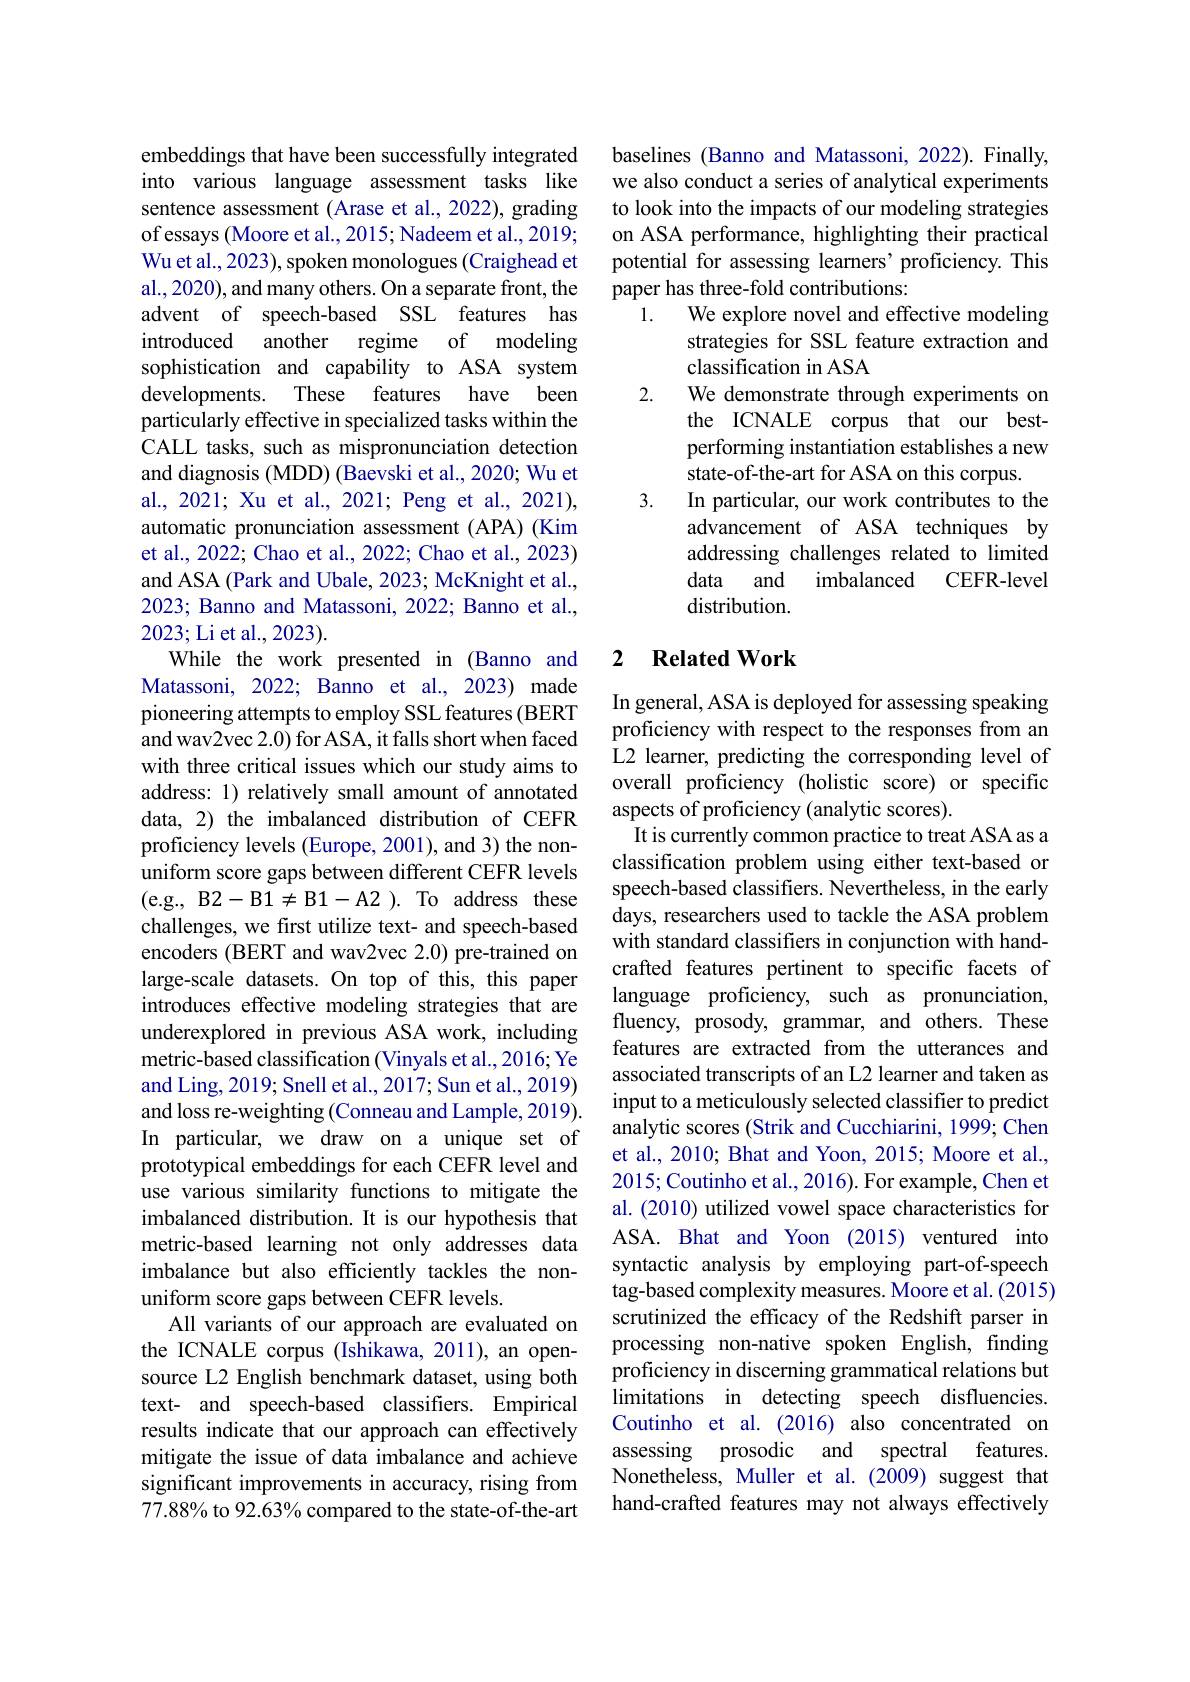
embeddings that have been successfully integrated into various language assessment tasks like sentence assessment (Arase et al., 2022), grading of essays (Moore et al., 2015; Nadeem et al., 2019; Wu et al., 2023), spoken monologues (Craighead et al., 2020), and many others. On a separate front, the advent of speech-based SSL features has introduced another regime of modeling sophistication and capability to ASA system developments. These features have been particularly effective in specialized tasks within the CALL tasks, such as mispronunciation detection and diagnosis (MDD) (Baevski et al., 2020; Wu et al., 2021; Xu et al., 2021; Peng et al., 2021), automatic pronunciation assessment (APA) (Kim et al., 2022; Chao et al., 2022; Chao et al., 2023) and ASA (Park and Ubale, 2023; McKnight et al., 2023; Banno and Matassoni, 2022; Banno et al., 2023; Li et al., 2023).
While the work presented in (Banno and Matassoni, 2022; Banno et al., 2023) made pioneering attempts to employ SSL features (BERT and wav2vec 2.0) for ASA, it falls short when faced with three critical issues which our study aims to address: 1) relatively small amount of annotated data, 2) the imbalanced distribution of CEFR proficiency levels (Europe, 2001), and 3) the nonuniform score gaps between different CEFR levels (e.g., B2-B1$\neq$B1-A2 ).To address these challenges, we first utilize text- and speech-based encoders (BERT and wav2vec 2.0) pre-trained on large-scale datasets. On top of this, this paper introduces effective modeling strategies that are underexplored in previous ASA work, including metric-based classification (Vinyals et al., 2016; Ye and Ling, 2019; Snell et al., 2017; Sun et al., 2019) and loss re-weighting (Conneau and Lample, 2019). In particular, we draw on a unique set of prototypical embeddings for each CEFR level and use various similarity functions to mitigate the imbalanced distribution. It is our hypothesis that metric-based learning not only addresses data imbalance but also efficiently tackles the nonuniform score gaps between CEFR levels.
All variants of our approach are evaluated on the ICNALE corpus (Ishikawa, 2011), an opensource L2 English benchmark dataset, using both text- and speech-based classifiers. Empirical results indicate that our approach can effectively mitigate the issue of data imbalance and achieve significant improvements in accuracy, rising from 77.88% to 92.63% compared to the state-of-the-art

baselines (Banno and Matassoni, 2022). Finally, we also conduct a series of analytical experiments to look into the impacts of our modeling strategies on ASA performance, highlighting their practical potential for assessing learners' proficiency. This paper has three-fold contributions:
1. We explore novel and effective modeling
strategies for SSL feature extraction and
classification in ASA
2.
We demonstrate through experiments on the ICNALE corpus that our bestperforming instantiation establishes a new state-of-the-art for ASA on this corpus.
3. In particular, our work contributes to the
advancement of ASA techniques by addressing challenges related to limited data and imbalanced
CEFR-level
distribution.

## 2 Related Work

In general, ASA is deployed for assessing speaking proficiency with respect to the responses from an L2 learner, predicting the corresponding level of overall proficiency (holistic score) or specific aspects of proficiency (analytic scores).
It is currently common practice to treat ASA as a classification problem using either text-based or speech-based classifiers. Nevertheless, in the early days, researchers used to tackle the ASA problem with standard classifiers in conjunction with handcrafted features pertinent to specific facets of language proficiency, such as pronunciation, fluency, prosody, grammar, and others. These features are extracted from the utterances and associated transcripts of an L2 learner and taken as input to a meticulously selected classifier to predict analytic scores (Strik and Cucchiarini, 1999; Chen et al., 2010; Bhat and Yoon, 2015; Moore et al., 2015; Coutinho et al., 2016). For example, Chen et al. (2010) utilized vowel space characteristics for ASA. Bhat and Yoon (2015) ventured into syntactic analysis by employing part-of-speech tag-based complexity measures. Moore et al. (2015) scrutinized the efficacy of the Redshift parser in processing non-native spoken English, finding proficiency in discerning grammatical relations but limitations in detecting speech disfluencies. Coutinho et al. (2016) also concentrated on assessing prosodic and spectral features. Nonetheless, Muller et al.(2009) suggest that hand-crafted features may not always effectively